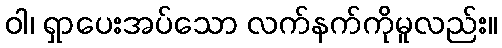
ဝါ၊ ရှာပေးအပ်သော လက်နက်ကိုမူလည်း။